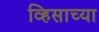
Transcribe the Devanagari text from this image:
व्हिसाच्या